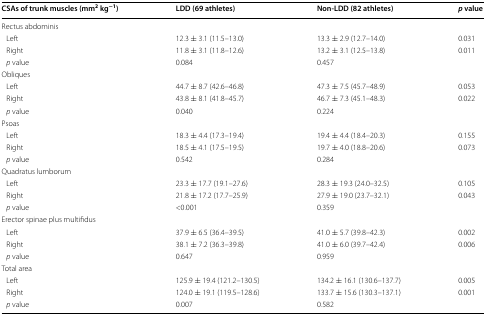
<table><thead><tr><td><b>CSAs of trunk muscles (mm<sup>2</sup> kg<sup>−1</sup>)</b></td><td><b>LDD (69 athletes)</b></td><td><b>Non-LDD (82 athletes)</b></td><td><b><i>p</i> value</b></td></tr></thead><tbody><tr><td colspan="4">Rectus abdominis</td></tr><tr><td> Left</td><td>12.3 ± 3.1 (11.5–13.0)</td><td>13.3 ± 2.9 (12.7–14.0)</td><td>0.031</td></tr><tr><td> Right</td><td>11.8 ± 3.1 (11.8–12.6)</td><td>13.2 ± 3.1 (12.5–13.8)</td><td>0.011</td></tr><tr><td> <i>p</i> value</td><td>0.084</td><td>0.457</td><td></td></tr><tr><td colspan="4">Obliques</td></tr><tr><td> Left</td><td>44.7 ± 8.7 (42.6–46.8)</td><td>47.3 ± 7.5 (45.7–48.9)</td><td>0.053</td></tr><tr><td> Right</td><td>43.8 ± 8.1 (41.8–45.7)</td><td>46.7 ± 7.3 (45.1–48.3)</td><td>0.022</td></tr><tr><td> <i>p</i> value</td><td>0.040</td><td>0.224</td><td></td></tr><tr><td colspan="4">Psoas</td></tr><tr><td> Left</td><td>18.3 ± 4.4 (17.3–19.4)</td><td>19.4 ± 4.4 (18.4–20.3)</td><td>0.155</td></tr><tr><td> Right</td><td>18.5 ± 4.1 (17.5–19.5)</td><td>19.7 ± 4.0 (18.8–20.6)</td><td>0.073</td></tr><tr><td> <i>p</i> value</td><td>0.542</td><td>0.284</td><td></td></tr><tr><td colspan="4">Quadratus lumborum</td></tr><tr><td> Left</td><td>23.3 ± 17.7 (19.1–27.6)</td><td>28.3 ± 19.3 (24.0–32.5)</td><td>0.105</td></tr><tr><td> Right</td><td>21.8 ± 17.2 (17.7–25.9)</td><td>27.9 ± 19.0 (23.7–32.1)</td><td>0.043</td></tr><tr><td> <i>p</i> value</td><td>&lt;0.001</td><td>0.359</td><td></td></tr><tr><td colspan="4">Erector spinae plus multifidus</td></tr><tr><td> Left</td><td>37.9 ± 6.5 (36.4–39.5)</td><td>41.0 ± 5.7 (39.8–42.3)</td><td>0.002</td></tr><tr><td> Right</td><td>38.1 ± 7.2 (36.3–39.8)</td><td>41.0 ± 6.0 (39.7–42.4)</td><td>0.006</td></tr><tr><td> <i>p</i> value</td><td>0.647</td><td>0.959</td><td></td></tr><tr><td colspan="4">Total area</td></tr><tr><td> Left</td><td>125.9 ± 19.4 (121.2–130.5)</td><td>134.2 ± 16.1 (130.6–137.7)</td><td>0.005</td></tr><tr><td> Right</td><td>124.0 ± 19.1 (119.5–128.6)</td><td>133.7 ± 15.6 (130.3–137.1)</td><td>0.001</td></tr><tr><td> <i>p</i> value</td><td>0.007</td><td>0.582</td><td></td></tr></tbody></table>